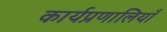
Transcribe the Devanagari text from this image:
कार्यप्रणालियाँ